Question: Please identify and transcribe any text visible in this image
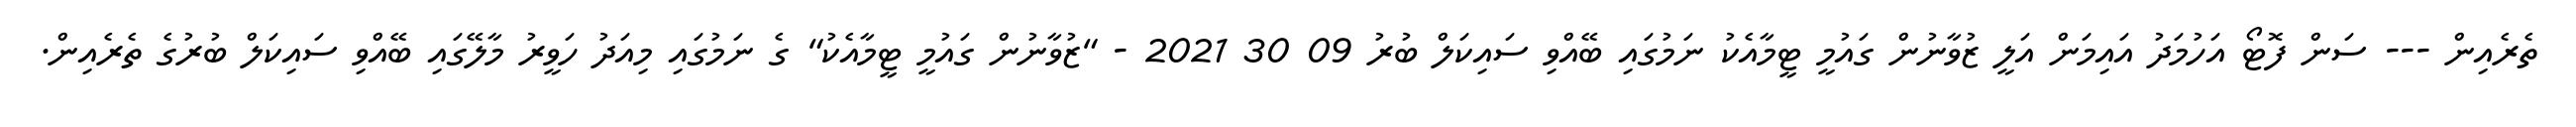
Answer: ތެރެއިން --- ސަން ފޮޓޯ އަހުމަދު އައިމަން އަލީ ޒުވާނުން ގައުމީ ޓީމާއެކު ނަމުގައި ބޭއްވި ސައިކަލް ބުރު 09 30 2021 - "ޒުވާނުން ގައުމީ ޓީމާއެކު" ގެ ނަމުގައި މިއަދު ހަވީރު މާލޭގައި ބޭއްވި ސައިކަލް ބުރުގެ ތެރެއިން.